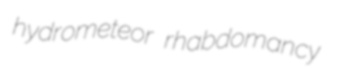
hydrometeor rhabdomancy